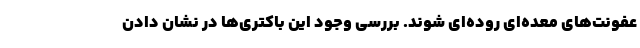
عفونت‌های معده‌ای روده‌ای شوند. بررسی وجود این باکتری‌ها در نشان دادن